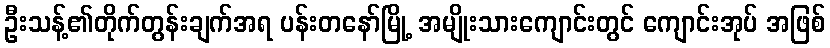
ဦးသန့်၏တိုက်တွန်းချက်အရ ပန်းတနော်မြို့ အမျိုးသားကျောင်းတွင် ကျောင်းအုပ် အဖြစ်